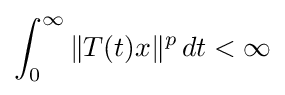
\int _{0}^{\infty }\|T(t)x\|^{p}\,dt<\infty